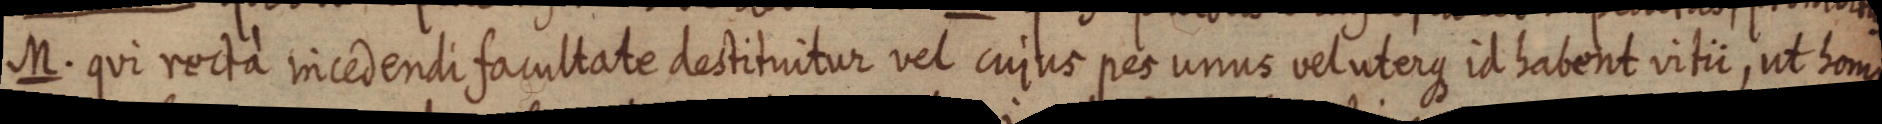
M. qui rectà incedendi facultate destituitur vel cujus pes unus vel uterque id habent vitii, ut homo